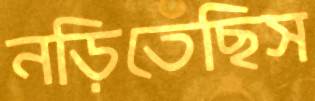
নড়িতেছিস